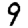
Digit: 9